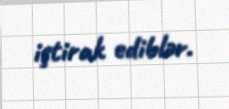
iştirak ediblər.